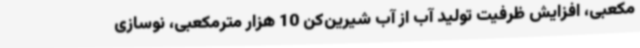
مکعبی، افزایش ظرفیت تولید آب از آب شیرین‌کن 10 هزار مترمکعبی، نوسازی